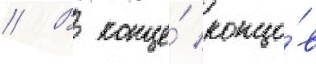
// В конце́ концо́в